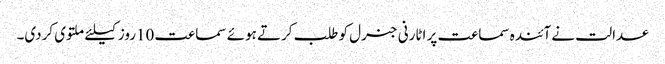
عدالت نے آئندہ سماعت پر اٹارنی جنرل کو طلب کرتے ہوئے سماعت 10روز کیلئے ملتوی کردی۔